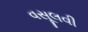
વસૂલવી